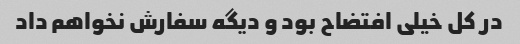
در کل خیلی افتضاح بود و دیگه سفارش نخواهم داد